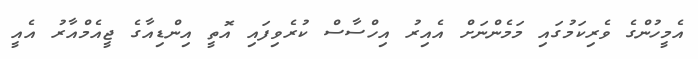
އެމީހުންގެ ވެރިކަމުގައި މަމެންނަށް އެއިރު އިހްސާސް ކުރެވިފައި އޮތީ އިންޑިއާގެ ޖީއެމްއާރު އެއީ